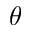
\theta